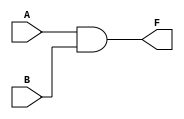
`timescale 1ns / 1ps
//////////////////////////////////////////////////////////////////////////////////
// Company: 
// Engineer: 
// 
// Design Name: 
// Module Name: and_gate
// Project Name: 
// Target Devices: 
// Tool Versions: 
// Description: 
// 
// Dependencies: 
// 
// Revision:
// Revision 0.01 - File Created
// Additional Comments:
// 
//////////////////////////////////////////////////////////////////////////////////

//------------------------------------------------------------------------------------------------------------//
module and_gate(
    input A,
    input B,
    output F
    );
    
    and(F, A, B);    //      and      and(a,b,c)        
    
endmodule 
//------------------------------------------------------------------------------------------------------------//
module half_adder_structural(    //structural(" ")   half_adder() sum = 2   carry  = 2     
    input A,                     
    input B,
    output sum,                       //00 - 0  /   01 - 1  /  10   -  1   / 11 - 0
    output carry                       //00 - 0  /  01 - 0    / 10   -  0  /  11 - 1
    );
    
    xor(sum, A, B);
    and(carry, A, B);
    
endmodule
//------------------------------------------------------------------------------------------------------------//

//------------------------------------------------------------------------------------------------------------//
module half_adder(    //dataflow modeling(   )
    input A,
    input B,
    output sum,
    output carry
    );
    
    assign sum = A ^ B;         //^ = XOR   assign    
    assign carry = A & B;       //& = AND
    
endmodule
//------------------------------------------------------------------------------------------------------------//

//------------------------------------------------------------------------------------------------------------//
//module h_adder(    
//        input A,
//        input B,
//        output sum,
//        output carry
//);

//        assign sum = ({A,B} == 2'b00) ? 0 : ({A,B} == 2'b11) ? 0 : 1;
//        assign carry = ({A,B} == 2'b11) ? 1 : 0;
        
//endmodule
//------------------------------------------------------------------------------------------------------------//
module half_adder_behavioral(    //  " " -> 
    input A,
    input B,
    output reg sum,             // reg : Type  
    output reg carry
    );
    
    always @(A, B)begin
        case({A, B})                                                    //     or default  (    default )
            2'b00: begin sum = 0; carry = 0; end           //gate    ( )
            2'b01: begin sum = 1; carry = 0; end           //  Type
            2'b10: begin sum = 1; carry = 0; end           //     2'b   2   
            2'b11: begin sum = 0; carry = 1; end           // {} :   // C {} verilog begin - end 
                                                                                    //MUX 
        endcase
    end
endmodule
//------------------------------------------------------------------------------------------------------------//
//      ""
//  2 
module full_adder_structural(                 //      X
    input A, B, cin,
    output sum, carry
    );
    
    wire sum_0, carry_0;            //half_adder sum, carry   
    wire carry_1;
    
    half_adder ha0 (.A(A), .B(B), .sum(sum_0), .carry(carry_0));          //  .A  "half_adder"   
                                                                                                                            //(A)  A  "full_adder"   
                                                                                                                 // half_adder A full_adder A  (B )
    half_adder ha1 (.A(sum_0), .B(cin), .sum(sum), .carry(carry_1));
                                                                                                                    //.A(sum_0) -> half_adder A full_adder sum_0   
    
    or (carry, carry_0, carry_1);
endmodule
//------------------------------------------------------------------------------------------------------------//
//------------------------------------------------------------------------------------------------------------//
module f_add(       //4bit    
        input [3:0] A, B,
        input C,
        output [3:0] sum,
        output carry 
);
        wire [4:0] temp;
        
        assign temp = A+B+C;
        assign sum = temp[3:0];
        assign carry = temp[4];

endmodule
//------------------------------------------------------------------------------------------------------------//
module f_add_top();
        reg [3:0] A, B;
        reg C;
        wire [3:0] sum;
        wire carry;
        
        

endmodule
//------------------------------------------------------------------------------------------------------------//
module full_adder(                 //   
    input A, B, cin,
    output sum, carry
    );
    
    assign sum = A ^ B ^ cin;                                                                           //      
    assign carry = (cin & (A ^ B)) | (A & B);        //cin(A xor B) + AB      //   
    
    
endmodule
//------------------------------------------------------------------------------------------------------------//

//4bits  :  4     ripple carry adder(RCA) (carry  )
module fadder_4bit_structural(
    input [3:0] a, b,                 //0,1,2,3 bit  a    [ (MSB) :  (LSB)]
    input cin,
    output [3:0] sum,
    output carry
    );
    
    wire [2:0] carry_in;
    
    full_adder fa0 (.A(a[0]), .B(b[0]), .cin(cin), .sum(sum[0]), .carry(carry_in[0]));    
    full_adder fa1 (.A(a[1]), .B(b[1]), .cin(carry_in[0]), .sum(sum[1]), .carry(carry_in[1]));
    full_adder fa2 (.A(a[2]), .B(b[2]), .cin(carry_in[1]), .sum(sum[2]), .carry(carry_in[2]));
    full_adder fa3 (.A(a[3]), .B(b[3]), .cin(carry_in[2]), .sum(sum[3]), .carry(carry));
    
endmodule
//------------------------------------------------------------------------------------------------------------//
module fadder_4bit(         //  full_adder
    input [3:0] a, b,                 //0,1,2,3 bit  a    [ (MSB) :  (LSB)]
    input cin,
    output [3:0] sum,
    output carry
    );
    
    wire [4:0] temp;
    
    assign temp = a + b + cin;          //4bit + 4bit + carry = 5bit
    assign sum = temp[3:0];            // 4 sum
    assign carry = temp[4];              // 1 carry  
    
endmodule
//------------------------------------------------------------------------------------------------------------//

//8     1(1000 0000 = -128())  0(0111 1111 = 127()) 
// -> -128~127
//-1   -1  1    +1  
//-> 1000 0000(-1)  0000 0001(1)   1111 1110  +1 = 1111 1111 -> 
//bit clear : AND, bit set : OR , bit toglle : XOR
//------------------------------------------------------------------------------------------------------------//
module fadd_sub_4bit_s(
    input [3:0] a, b,                 //0,1,2,3 bit  a    [ (MSB) :  (LSB)]
    input s,                                //s = 0() , s = 1()
    output [3:0] sum,
    output carry
    );
    
    wire [2:0] carry_in;
    
    full_adder fa0 (.A(a[0]), .B(b[0] ^ s), .cin(s), .sum(sum[0]), .carry(carry_in[0]));             //b s XOR
    full_adder fa1 (.A(a[1]), .B(b[1] ^ s), .cin(carry_in[0]), .sum(sum[1]), .carry(carry_in[1]));
    full_adder fa2 (.A(a[2]), .B(b[2] ^ s), .cin(carry_in[1]), .sum(sum[2]), .carry(carry_in[2]));
    full_adder fa3 (.A(a[3]), .B(b[3] ^ s), .cin(carry_in[2]), .sum(sum[3]), .carry(carry));
    
    
endmodule
//------------------------------------------------------------------------------------------------------------//

//SYNTHESIS : RTL(VHDL, Verilog source) gate level netlist  .
//     RTL  power, timing  constraint 
//     gate  netlist   .

//PDT    
//  

// :    
// :      (CLK )

//------------------------------------------------------------------------------------------------------------//
module fadd_sub_4bit(
    input [3:0] a, b,                 //0,1,2,3 bit  a    [ (MSB) :  (LSB)]
    input s,                                //s = 0() , s = 1()
    output [3:0] sum,
    output carry
    );
    
    wire [4:0] temp;                                     //5 
    
    assign temp = s ? a - b:  a + b;                        //       ?  :  temp ?  :  temp                        
    assign sum = temp[3:0];
    assign carry = temp[4];
    
    //  
    
endmodule
//------------------------------------------------------------------------------------------------------------//


//------------------------------------------------------------------------------------------------------------//
module comparator (
            input A, B,
            output equal, greater, less
        );
        
    assign equal = A ~^ B;                  //assign   
    assign greater = A & ~B;
    assign less = ~A & B;
    
endmodule
//------------------------------------------------------------------------------------------------------------//

//------------------------------------------------------------------------------------------------------------//
module comparator2 #(parameter N = 4)(              //N 4  compile 
            input [N-1:0] A, B,
            output equal, greater, less
        );
        
    assign equal = (A == B) ? 1'b1 : 1'b0;                  //? :    :  
    assign greater = (A > B) ? 1'b1 : 1'b0;
    assign less = (A < B)? 1'b1 : 1'b0;
    
endmodule
//------------------------------------------------------------------------------------------------------------//

//------------------------------------------------------------------------------------------------------------//
module decoder_2_4 (            
            input [1:0] A,
            output [3:0] Y

            );
            //  
            assign Y = (A == 2'b00) ? 4'b0001 : (A == 2'b01) ? 4'b0010 : (A == 2'b10) ? 4'b0100 : 4'b1000;
            //?     :       
            
            //  
//            always @(A) begin    //@(A)  A   --> always @(     )
//                    case(A)                 
//                        2'b00: Y = 4'b0001;     //A=00
//                        2'b01: Y = 4'b0010; 
//                        2'b10: Y = 4'b0100; 
//                        2'b11: Y = 4'b1000;
//                                                                        // A 4     default                                                  
//                    endcase  
//            end

//            always @(A) begin    //@(A)  A   --> always @(     )
//                    if(A == 2'b00) Y = 4'b0001;
//                    else if(A == 2'b01) Y = 4'b0010;
//                    else if(A == 2'b10) Y = 4'b0100;
//                    else Y = 4'b1000;
//            end

endmodule
//------------------------------------------------------------------------------------------------------------//



//------------------------------------------------------------------------------------------------------------//

module decoder_2_4_en (            
            input [1:0] A,
            input en,
            output reg [3:0] Y

            );
            //  
            //assign Y = (en == 0) ? 4'b0000 : (A == 2'b00) ? 4'b0001 : (A == 2'b01) ? 4'b0010 : (A == 2'b10) ? 4'b0100 : 4'b1000;
            //?     :       
            
//            always @(A) begin    //@(A)  A   --> always @(     )
//                if(en == 1) begin
//                    case(A)                 
//                        2'b00: Y = 4'b0001;     //A=00
//                        2'b01: Y = 4'b0010; 
//                        2'b10: Y = 4'b0100; 
//                        2'b11: Y = 4'b1000;
//                                                                        // A 4     default                                                  
//                    endcase  
//            end
//            else Y = 0;
//            end

            always @(A) begin    //@(A)  A   --> always @(     )
                if(en == 1)begin
                    if(A == 2'b00) Y = 4'b0001;
                    else if(A == 2'b01) Y = 4'b0010;
                    else if(A == 2'b10) Y = 4'b0100;
                    else Y = 4'b1000;
                end
                else Y = 0;
            end
            
endmodule

//------------------------------------------------------------------------------------------------------------//
module decoder_3_8 (                    //  3X8 
        input [2:0] D,
        output [7:0] Y
                
        );

        decoder_2_4_en de0 (.A(D[1:0]), .en(!D[2]), .Y(Y[3:0]));
        
        decoder_2_4_en de1 (.A(D[1:0]), .en(D[2]), .Y(Y[7:4]));

endmodule
//------------------------------------------------------------------------------------------------------------//


//------------------------------------------------------------------------------------------------------------//
module decoder_7seg(
                input [3:0] hex_value ,
                output reg [7:0] seg_7
);
                // 
        always @(hex_value) begin
                case(hex_value)
                    4'b0000 : seg_7 = 8'b0000_0011;              // A  
                    4'b0001 : seg_7 = 8'b1001_1111;         //1
                    4'b0010 : seg_7 = 8'b0010_0101;         //2
                    4'b0011 : seg_7 = 8'b0000_1101;         //3
                    4'b0100 : seg_7 = 8'b1001_1001;         //4
                    4'b0101 : seg_7 = 8'b0100_1001;         //5
                    4'b0110 : seg_7 = 8'b0100_0001;         //6
                    4'b0111 : seg_7 = 8'b0001_1111;         //7
                    4'b1000 : seg_7 = 8'b0000_0001;         //8
                    4'b1001 : seg_7 = 8'b0000_1001;         //9
                    4'b1010 : seg_7 = 8'b0001_0001;         //A
                    4'b1011 : seg_7 = 8'b1100_0001;         //B
                    4'b1100 : seg_7 = 8'b0110_0011;         //C
                    4'b1101 : seg_7 = 8'b1000_0101;         //D
                    4'b1110 : seg_7 = 8'b0110_0001;         //E
                    4'b1111 : seg_7 = 8'b0111_0001;         //F
                    
                endcase
        end  

endmodule

//------------------------------------------------------------------------------------------------------------//

//------------------------------------------------------------------------------------------------------------//
module fnd_test_top(            //    : TOP
        input clk,                        //clk                
        output [7:0] seg_7,
        output [3:0] com        //4  FND COM  4 
);
        
        assign com = 4'b0011;
        
        reg [25:0] clk_div;
        
        always @(posedge clk) clk_div = clk_div + 1;        //rising edge 26 clk_div(reg) 1   
                                                                                    
        reg [3:0] count;
        always @(negedge clk_div[25])begin          //8ns X 2^26 ~= 0.5s
                count = count + 1;
        end
        //wire [7:0] seg_7_font;        common
    decoder_7seg seg7(.hex_value(count), .seg_7(seg_7));            //
        //assign seg_7 = ~seg_7_font;
endmodule
//------------------------------------------------------------------------------------------------------------//

//------------------------------------------------------------------------------------------------------------//
module encoder_4_2(           
            input [3:0] D,
            output [1:0] B
);

        assign B = (D == 4'b0001) ? 2'b00 : (D == 4'b0010) ? 2'b01 : (D == 4'b0100) ? 2'b10 : 2'b11;
        //       D 4     
        // vivado   4        ->     D     11 

endmodule

//------------------------------------------------------------------------------------------------------------//


//------------------------------------------------------------------------------------------------------------//
module mux_2_1(
            input [1:0] d,
            input s,
            output f
);
            
            assign f = s ? d[1] : d[0];
endmodule
// 
//        wire sbar, in0, in1;        
        
//        not (sbar, s);
//        and (in0, d[0], sbar);
//        and (in1, d[1], s);
//        or (f, in0, in1);


//------------------------------------------------------------------------------------------------------------//

//------------------------------------------------------------------------------------------------------------//
module mux_4_1(
            input [3:0] d,
            input [1:0] s,
            output f
);
            //assign f = s ? d[1] : d[0];
            //   
            assign f = d[s];        //               

endmodule


//------------------------------------------------------------------------------------------------------------//

//------------------------------------------------------------------------------------------------------------//
module mux_8_1(
            input [7:0] d,
            input [2:0] s,
            output f
);
            assign f = d[s];        //   s 3 

endmodule


//------------------------------------------------------------------------------------------------------------//

//------------------------------------------------------------------------------------------------------------//
module demux_1_4(
        input d,
        input [1:0] s,
        output [3:0] f
//        output reg [3:0] f
);

//        always @*begin  //d s  always 1   always @(d, s)begin = always @*begin   * :    always 1 
//            f = 0;              //f   0 
//            f[s] = d;       //s=0 d f[0] s=1 d f[1]  
//        end

        assign f = (s == 2'b00) ? {3'b000, d} : (s == 2'b01) ? {2'b00, d, 1'b0} : (s == 2'b10) ? {1'b0, d, 2'b00} : {d, 3'b000};
endmodule
//------------------------------------------------------------------------------------------------------------//

//------------------------------------------------------------------------------------------------------------//
module mux_test_top(
        input [7:0] d,
        input [2:0] s_mux,
        input [1:0] s_demux,
        output [3:0] f
);

         wire w;                //mux  wire 
         
         mux_8_1 mux(.d(d), .s(s_mux), .f(w));
       
         demux_1_4 demux(.d(w), .s(s_demux), .f(f));
        
        
endmodule
//------------------------------------------------------------------------------------------------------------//